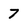
Character: 7